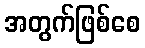
အတွက်ဖြစ်စေ